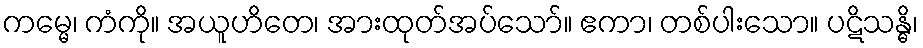
ကမ္မေ၊ ကံကို။ အယူဟိတေ၊ အားထုတ်အပ်သော်။ ဧကာ၊ တစ်ပါးသော။ ပဋိသန္ဓိ၊